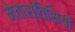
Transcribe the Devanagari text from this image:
मेतास्तिसियों